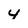
Character: 4